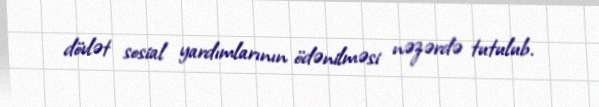
dövlət sosial yardımlarının ödənilməsi nəzərdə tutulub.